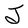
Character: J